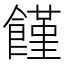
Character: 饉